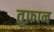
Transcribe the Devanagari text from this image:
तुफ़ान